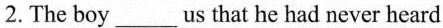
2. The boy ___ us that he had never heard